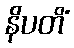
နိပတိံ